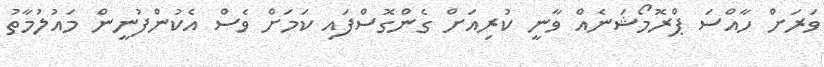
ވަރަށް ހާއްސަ ޕްރޮމޯޝަނެއް ވާނީ ކުރިއަށް ގެންގޮސްފައި ކަމަށް ވެސް އެކުންފުނީން މައުލުމާތު